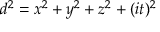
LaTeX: d ^ { 2 } = x ^ { 2 } + y ^ { 2 } + z ^ { 2 } + ( i t ) ^ { 2 }